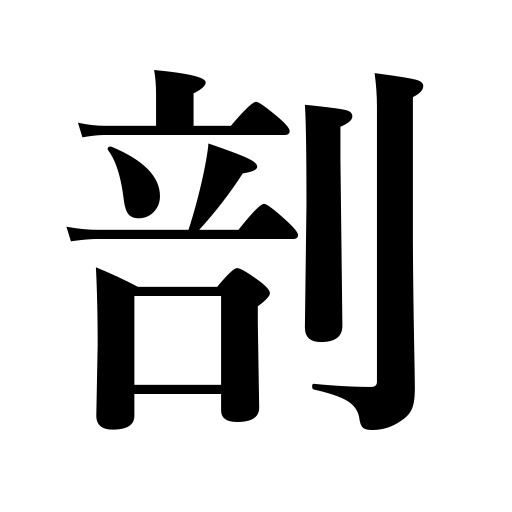
Meanings: divide